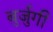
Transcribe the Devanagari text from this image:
बुर्जुगी